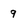
Character: 9